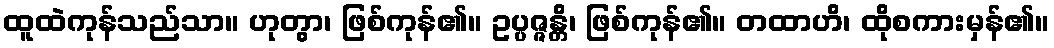
ထူထဲကုန်သည်သာ။ ဟုတွာ၊ ဖြစ်ကုန်၏။ ဥပ္ပဇ္ဇန္တိ၊ ဖြစ်ကုန်၏။ တထာဟိ၊ ထိုစကားမှန်၏။